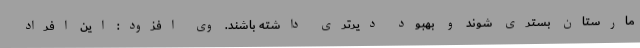
مارستان بستری شوند و بهبود دیرتری داشته باشند. وی افزود: این افراد